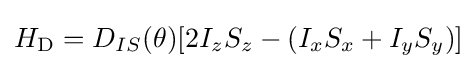
H_{\mathrm {D} }=D_{IS}(\theta )[2I_{z}S_{z}-(I_{x}S_{x}+I_{y}S_{y})]\!